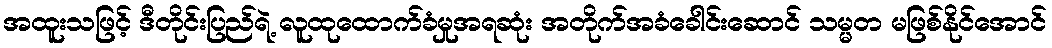
အထူးသဖြင့် ဒီတိုင်းပြည်ရဲ့ လူထုထောက်ခံမှုအရဆုံး အတိုက်အခံခေါင်းဆောင် သမ္မတ မဖြစ်နိုင်အောင်